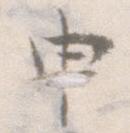
申